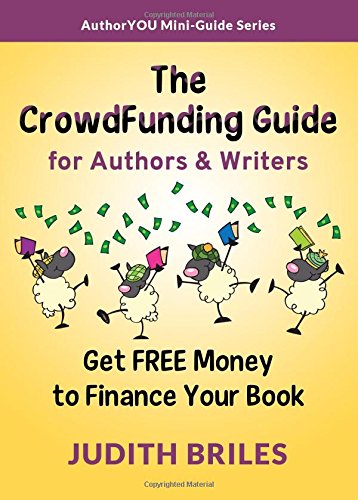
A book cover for The CrowdFunding Guide for Authors & Writers; Judith Briles; Business & Money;